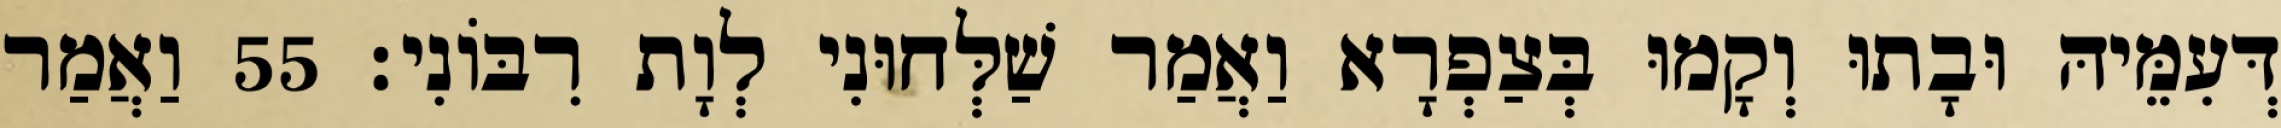
דְּעִמֵּיהּ וּבָתוּ וְקָמוּ בְּצַפְרָא וַאֲמַר שַׁלְּחוּנִי לְוָת רִבּוֹנִי׃ 55 וַאֲמַר